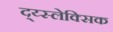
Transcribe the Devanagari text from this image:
द्य्स्लेक्सिक